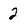
Character: 2